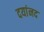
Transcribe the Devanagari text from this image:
दयांनद